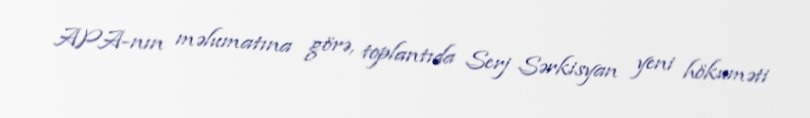
APA-nın məlumatına görə, toplantıda Serj Sərkisyan yeni hökuməti